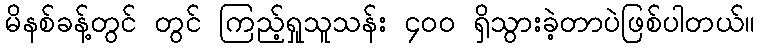
မိနစ်ခန့်တွင် တွင် ကြည့်ရှုသူသန်း ၄၀၀ ရှိသွားခဲ့တာပဲဖြစ်ပါတယ်။